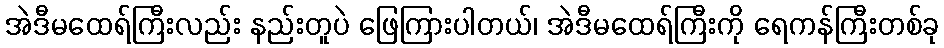
အဲဒီမထေရ်ကြီးလည်း နည်းတူပဲ ဖြေကြားပါတယ်၊ အဲဒီမထေရ်ကြီးကို ရေကန်ကြီးတစ်ခု